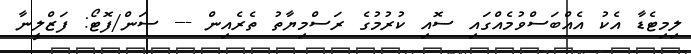
ލިމިޓެޑާ އެކު އެއްބަސްވުމެއްގައި ސޮއި ކުރުމުގެ ރަސްމިޔާތު ތެރެއިން --- ސަން/ފޮޓޯ: ފަޒްލީނާ